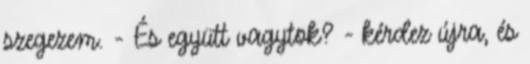
szegezem. - És együtt vagytok? - kérdez újra, és